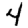
Digit: 4